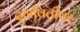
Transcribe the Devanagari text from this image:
दुर्गावतीवर